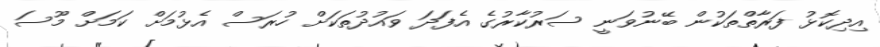
އިދިކޮޅު ފަރާތްތަކުން ބޭނުވަނީ ސަރުކާރުގެ އެފަދަ ވައުދުތަކަށް ހުރަސް އެޅުމަށް ކަމަށް މޫސަ